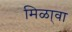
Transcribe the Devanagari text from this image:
मिळा्वा